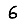
Digit: 6